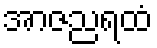
အာဇညရထံ